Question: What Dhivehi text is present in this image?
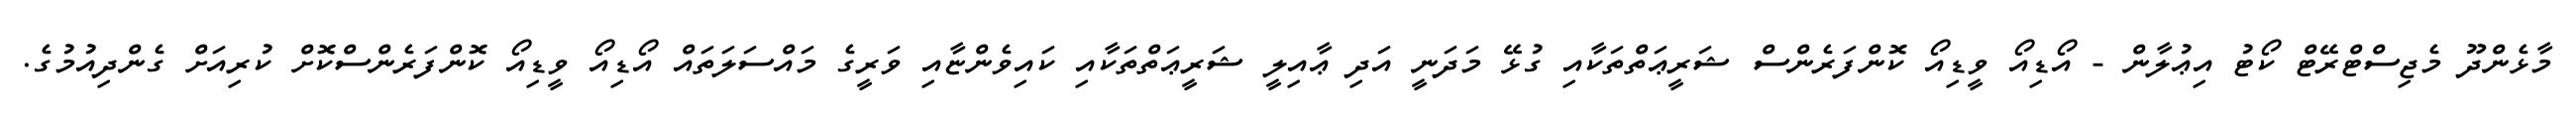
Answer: މާޅެންދޫ މެޖިސްޓްރޭޓް ކޯޓު އިޢުލާން - އޯޑިއޯ ވީޑިއޯ ކޮންފަރެންސް ޝަރީޢަތްތަކާއި ގުޅޭ މަދަނީ އަދި ޢާއިލީ ޝަރީޢަތްތަކާއި ކައިވެންޏާއި ވަރީގެ މައްސަލަތައް އޯޑިއޯ ވީޑިއޯ ކޮންފަރެންސްކޮށް ކުރިއަށް ގެންދިއުމުގެ.